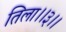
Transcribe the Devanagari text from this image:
तिला।।३।।